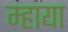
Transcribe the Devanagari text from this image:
म्हाया